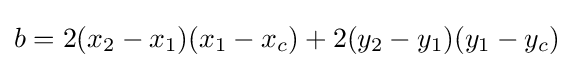
b=2(x_{2}-x_{1})(x_{1}-x_{c})+2(y_{2}-y_{1})(y_{1}-y_{c})